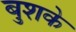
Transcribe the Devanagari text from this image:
बुशके